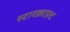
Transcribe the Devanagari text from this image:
स्टारक्राफ़्ट